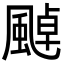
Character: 𩘀